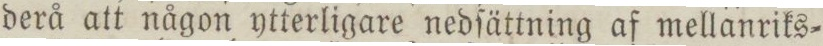
derå att någon ytterligare nedſättning af mellanriks=